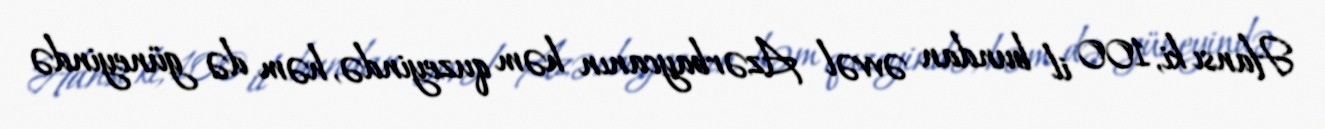
Hansı ki, 100 il bundan əvvəl Azərbaycanın həm quzeyində, həm də güneyində